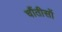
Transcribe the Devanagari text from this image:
चौंतीसों